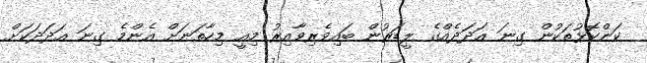
ކަންކޮޅުތަކުން ގިނަ ޢަދަދެއްގެ ލީޑަރުން ބައިވެރިވާއިރު މިއީ މިހާތަނަށް އެންމެ ގިނަ ޢަދަދަކަށް